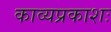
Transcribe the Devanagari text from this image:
काव्यप्रकाशः